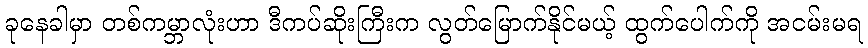
ခုနေခါမှာ တစ်ကမ္ဘာလုံးဟာ ဒီကပ်ဆိုးကြီးက လွတ်မြောက်နိုင်မယ့် ထွက်ပေါက်ကို အငမ်းမရ